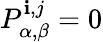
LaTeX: P_{\alpha,\beta}^{\mathbf{i},j}=0